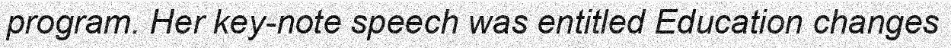
program. Her key-note speech was entitled Education changes